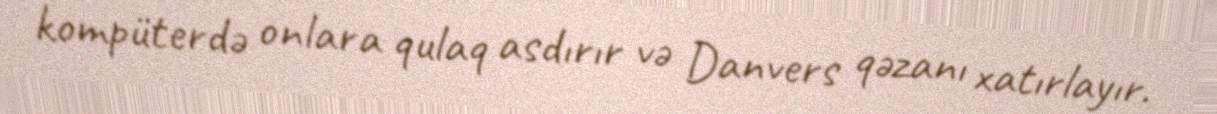
kompüterdə onlara qulaq asdırır və Danvers qəzanı xatırlayır.